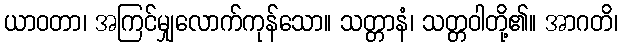
ယာဝတာ၊ အကြင်မျှလောက်ကုန်သော။ သတ္တာနံ၊ သတ္တဝါတို့၏။ အာဂတိ၊